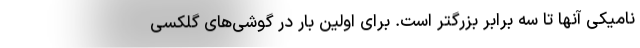
نامیکی آنها تا سه برابر بزرگتر است. برای اولین بار در گوشی‌های گلکسی